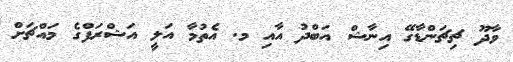
ވާދޫ ޗިޗަންޑާގޭ އިނާޝް އަބްދު އާއި މ. އެތުމާ އަލީ އަޝްރަފްގެ މައްޗަށް